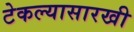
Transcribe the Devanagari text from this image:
टेकल्यासारखी